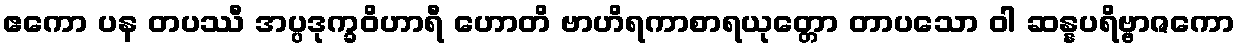
ဧကော ပန တပဿီ အပ္ပဒုက္ခဝိဟာရီ ဟောတိ ဗာဟိရကာစာရယုတ္တော တာပသော ဝါ ဆန္နပရိဗ္ဗာဇကော